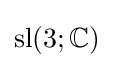
\operatorname {sl} (3;\mathbb {C} )